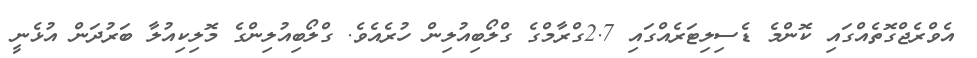
އެވްރެޖްގޮތެއްގައި ކޮންމެ ޑެސިލިޓަރެއްގައި 2.7ގްރާމްގެ ގްލޯބިއުލިން ހުރެއެވެ. ގްލޯބިއުލިންގެ މޮލިކިއުލާ ބަރުދަން އުޅެނީ